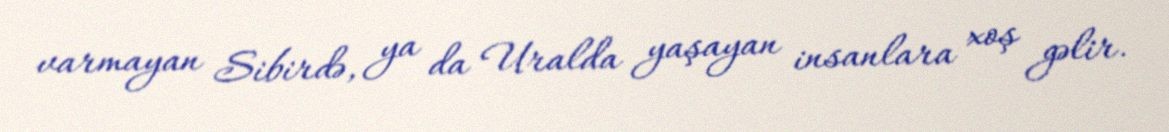
varmayan Sibirdə, ya da Uralda yaşayan insanlara xoş gəlir.